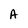
Character: A